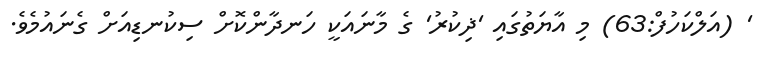
' (އަލްކަހުފް:63) މި އާޔަތުގައި 'ޛިކުރު' ގެ މާނައަކީ ހަނދާންކޮށް ސިކުނޑިއަށް ގެނައުމެވެ.